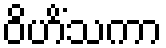
ဝိဟိံသကာ